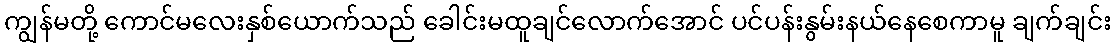
ကျွန်မတို့ ကောင်မလေးနှစ်ယောက်သည် ခေါင်းမထူချင်လောက်အောင် ပင်ပန်းနွမ်းနယ်နေစေကာမူ ချက်ချင်း